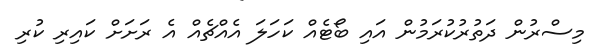
މިސްރުން ދަތުރުކުރަމުން އައި ބޯޓެއް ކަހަލަ އެއްޗެއް އެ ރަށަށް ކައިރި ކުރި